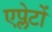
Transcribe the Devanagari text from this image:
एप्लेटों